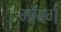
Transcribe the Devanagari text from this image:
माॅबर्ग